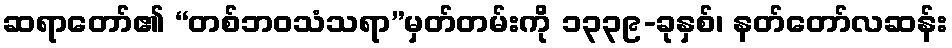
ဆရာတော်၏ “တစ်ဘဝသံသရာ”မှတ်တမ်းကို ၁၃၃၉-ခုနှစ်၊ နတ်တော်လဆန်း